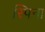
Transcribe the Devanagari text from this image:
स्पिना